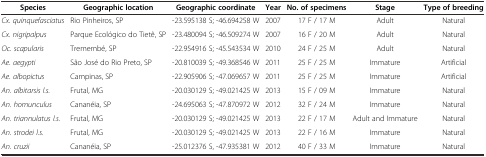
<table><thead><tr><td><b>Species</b></td><td><b>Geographic location</b></td><td><b>Geographic coordinate</b></td><td><b>Year</b></td><td><b>No. of specimens</b></td><td><b>Stage</b></td><td><b>Type of breeding</b></td></tr></thead><tbody><tr><td><i>Cx. quinquefasciatus</i></td><td>Rio Pinheiros, SP</td><td>-23.595138 S; -46.694258 W</td><td>2007</td><td>17 F / 17 M</td><td>Adult</td><td>Natural</td></tr><tr><td><i>Cx. nigripalpus</i></td><td>Parque Ecológico do Tietê, SP</td><td>-23.480094 S; -46.509274 W</td><td>2007</td><td>16 F / 20 M</td><td>Adult</td><td>Natural</td></tr><tr><td><i>Oc. scapularis</i></td><td>Tremembé, SP</td><td>-22.954916 S; -45.543534 W</td><td>2010</td><td>24 F / 25 M</td><td>Adult</td><td>Natural</td></tr><tr><td><i>Ae. aegypti</i></td><td>São José do Rio Preto, SP</td><td>-20.810039 S; -49.368546 W</td><td>2011</td><td>25 F / 25 M</td><td>Immature</td><td>Artificial</td></tr><tr><td><i>Ae. albopictus</i></td><td>Campinas, SP</td><td>-22.905906 S; -47.069657 W</td><td>2011</td><td>25 F / 25 M</td><td>Immature</td><td>Artificial</td></tr><tr><td><i>An. albitarsis l.s.</i></td><td>Frutal, MG</td><td>-20.030129 S; -49.021425 W</td><td>2013</td><td>15 F / 09 M</td><td>Immature</td><td>Natural</td></tr><tr><td><i>An. homunculus</i></td><td>Cananéia, SP</td><td>-24.695063 S; -47.870972 W</td><td>2012</td><td>32 F / 24 M</td><td>Immature</td><td>Natural</td></tr><tr><td><i>An. triannulatus l.s.</i></td><td>Frutal, MG</td><td>-20.030129 S; -49.021425 W</td><td>2013</td><td>22 F / 17 M</td><td>Adult and Immature</td><td>Natural</td></tr><tr><td><i>An. strodei l.s.</i></td><td>Frutal, MG</td><td>-20.030129 S; -49.021425 W</td><td>2013</td><td>22 F / 16 M</td><td>Immature</td><td>Natural</td></tr><tr><td><i>An. cruzii</i></td><td>Cananéia, SP</td><td>-25.012376 S, -47.935381 W</td><td>2012</td><td>40 F / 33 M</td><td>Immature</td><td>Natural</td></tr></tbody></table>